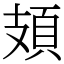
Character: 頍